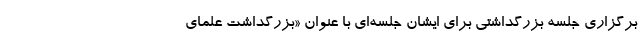
برگزاری جلسه بزرگداشتی برای ایشان جلسه‌ای با عنوان «بزرگداشت علمای